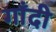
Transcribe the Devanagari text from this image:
गाँदी